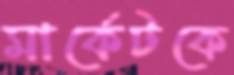
মার্কেটকে